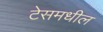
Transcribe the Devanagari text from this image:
टेसमधील